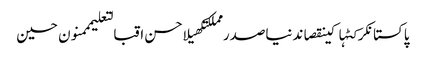
پاکستانکرکٹہاکینقصاندنیاصدر مملکتکھیلاحسن اقبالتعلیمممنون حسین